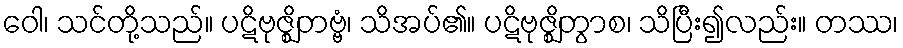
ဝေါ၊ သင်တို့သည်။ ပဋိဗုဇ္ဈိတဗ္ဗံ၊ သိအပ်၏။ ပဋိဗုဇ္ဈိတွာစ၊ သိပြီး၍လည်း။ တဿ၊